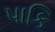
પાકિ